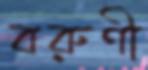
বরুণী